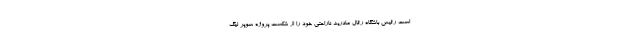
است رئیس باشگاه رئال مادرید ناراحتی خود را از شکست پروژه سوپر لیگ